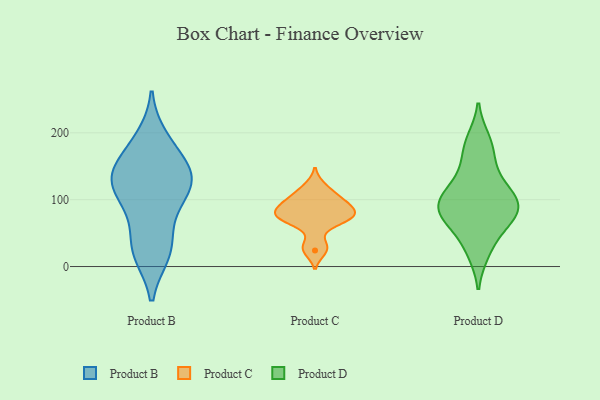
{"axis": {"x": "Temperature (°C)", "y": "Value"}, "legend": ["Product B", "Product C", "Product D"], "data": [{"x": "", "y": 183, "type": "Product B"}, {"x": "", "y": 53, "type": "Product B"}, {"x": "", "y": 23, "type": "Product B"}, {"x": "", "y": 121, "type": "Product B"}, {"x": "", "y": 19, "type": "Product B"}, {"x": "", "y": 153, "type": "Product B"}, {"x": "", "y": 148, "type": "Product B"}, {"x": "", "y": 134, "type": "Product B"}, {"x": "", "y": 105, "type": "Product B"}, {"x": "", "y": 135, "type": "Product B"}, {"x": "", "y": 192, "type": "Product B"}, {"x": "", "y": 133, "type": "Product B"}, {"x": "", "y": 113, "type": "Product B"}, {"x": "", "y": 87, "type": "Product B"}, {"x": "", "y": 21, "type": "Product B"}, {"x": "", "y": 120, "type": "Product C"}, {"x": "", "y": 78, "type": "Product C"}, {"x": "", "y": 99, "type": "Product C"}, {"x": "", "y": 105, "type": "Product C"}, {"x": "", "y": 76, "type": "Product C"}, {"x": "", "y": 70, "type": "Product C"}, {"x": "", "y": 66, "type": "Product C"}, {"x": "", "y": 94, "type": "Product C"}, {"x": "", "y": 24, "type": "Product C"}, {"x": "", "y": 78, "type": "Product C"}, {"x": "", "y": 31, "type": "Product C"}, {"x": "", "y": 86, "type": "Product C"}, {"x": "", "y": 103, "type": "Product D"}, {"x": "", "y": 135, "type": "Product D"}, {"x": "", "y": 52, "type": "Product D"}, {"x": "", "y": 94, "type": "Product D"}, {"x": "", "y": 80, "type": "Product D"}, {"x": "", "y": 112, "type": "Product D"}, {"x": "", "y": 72, "type": "Product D"}, {"x": "", "y": 167, "type": "Product D"}, {"x": "", "y": 190, "type": "Product D"}, {"x": "", "y": 85, "type": "Product D"}, {"x": "", "y": 20, "type": "Product D"}]}